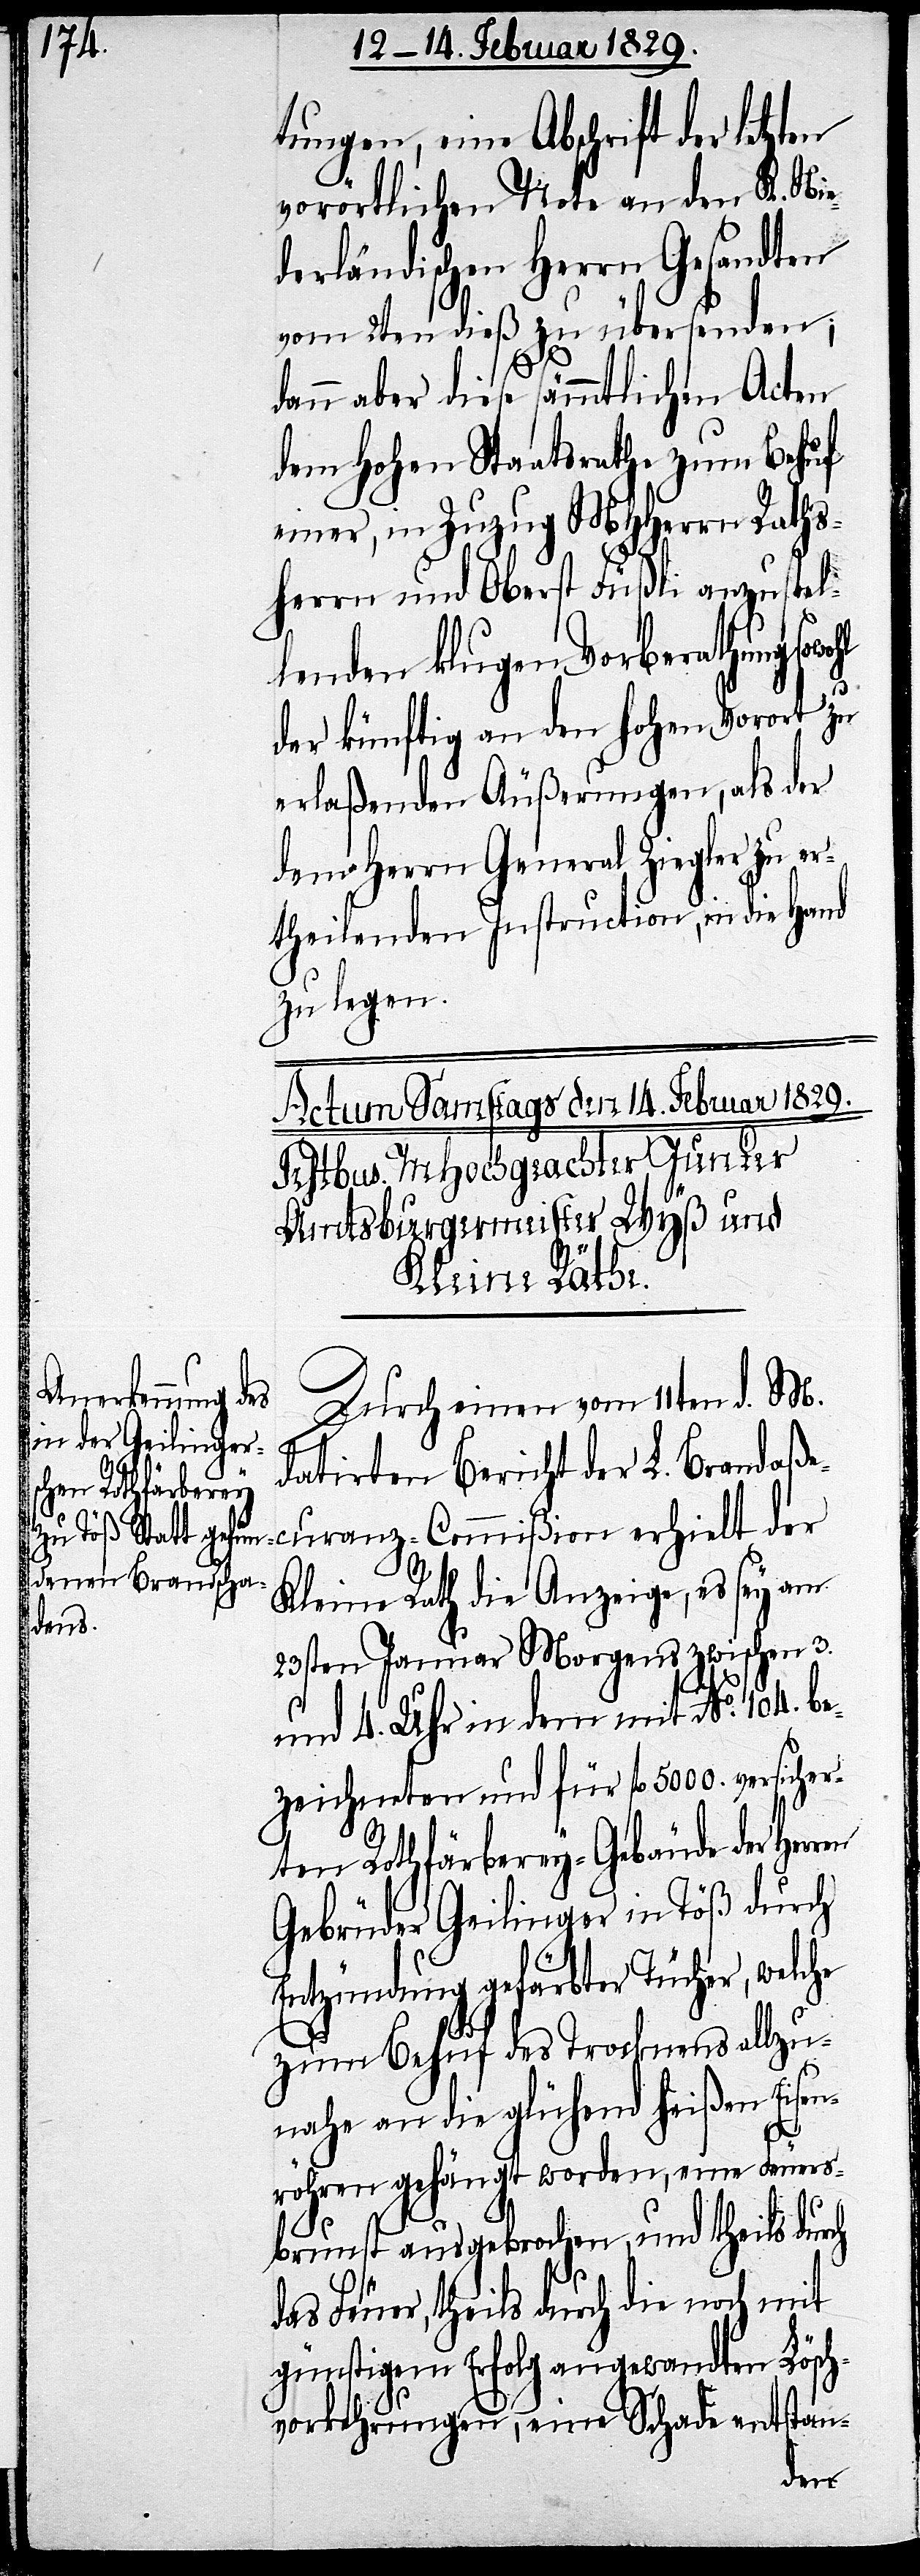
das

tungen, eine Abschrift der letzt¬
vorörtlichen Note an den K. Nie¬
derländischen Herrn Gesandten
vom 2ten dieß zu übersenden;
dann aber diese sämmtlichen Acten
dem Hohen Staatsrathe zum Behuf
einer, in Zuzug MHHerren Raths¬
herrn und Oberst Füßli anzustel¬
lenden klugen Vorberathung
der künftig an den hohen Vorort zu
erlaßenden Äußerungen, als der
dem Herrn General Ziegler zu er¬
theilenden Instruction, in die Hand
zu legen.
Durch einen vom 11ten d. M.
datirten Bericht der L. Brandaße¬
curanz-Commißion erhielt der
Kleine Rath die Anzeige, es sey am
23sten Januar Morgens zwischen 3.
und 4. Uhr in dem mit No. 104. b¬
ezeichneten und für fl. 5000. versicher¬
ten Rothfärberey-Gebäude der Herr¬
Gebrüder Geilinger in Töß durch
Entzündung gefärbter Tücher, welc¬
zum Behuf des Trocknens allzu¬
nahe an die glühend heißen Eisen¬
röhren gehängt worden, eine Feuers¬
brunst ausgebrochen, und theils durch
Feuer, theils durch die noch mit
günstigem Erfolg angewandten Lösch¬
vorkehrungen, eine Schade entstan-
he